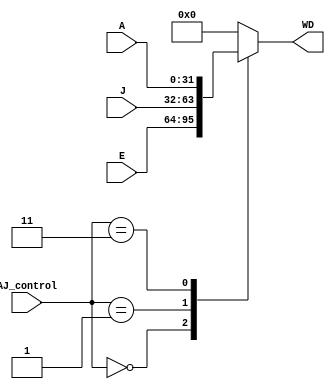
module FourMux(input [31:0]A, input [31:0]J, input [31:0]E, input[1:0] AJ_control, output reg[31:0]WD );

always@(*)
begin
case (AJ_control)
2'b00 :WD=E;
2'b01 :WD=J;
2'b11 :WD=A;
default : WD=0;
endcase 
end 
endmodule